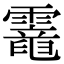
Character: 𩆇